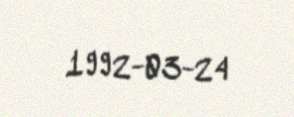
1992-03-24